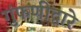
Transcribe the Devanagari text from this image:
गुंफणीद्वारे